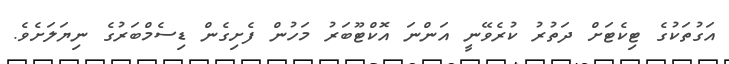
އަގުތަކުގެ ޓިކެޓަށް ދަތުރު ކުރެވޭނީ އަންނަ އޮކްޓޫބަރު މަހުން ފެށިގެން ޑިސެމްބަރުގެ ނިޔަލަށެވެ.